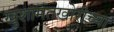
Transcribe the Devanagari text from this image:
खुशामतखोरीच्या